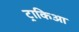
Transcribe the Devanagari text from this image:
ट्राकिआ